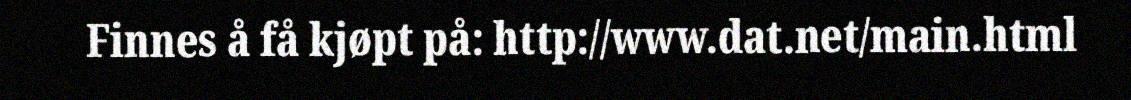
Finnes å få kjøpt på: http://www.dat.net/main.html